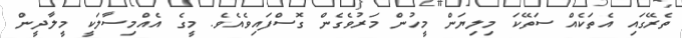
ތެރޭގައި އެތަކެއް ސަތޭކަ މިލިޔަން މީހުން މަރުވެގެން ގޮސްފައިވެއެވެ. މީގެ އެއްމިސާލަކީ މީލާދީން